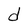
Character: d